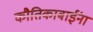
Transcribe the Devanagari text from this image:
कौतिकाबाईंना